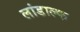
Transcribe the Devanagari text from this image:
लांडाल्फ